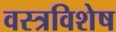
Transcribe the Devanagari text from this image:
वस्त्रविशेष